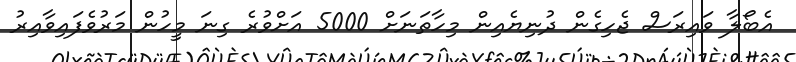
އެބޯލާ ވައިރަސް ޖެހިގެން ދުނިޔެއިން މިހާތަނަށް 5000 އަށްވުރެ ގިނަ މީހުން މަރުވެފައިވާއިރު